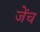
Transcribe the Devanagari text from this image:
जेंच